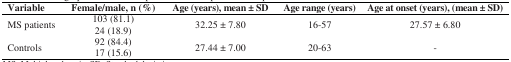
<table><thead><tr><td><b>Variable</b></td><td><b>Female/male, n (%)</b></td><td><b>Age (years), mean ± SD</b></td><td><b>Age range (years)</b></td><td><b>Age at onset (years), (mean ± SD)</b></td></tr></thead><tbody><tr><td rowspan="2">MS patients</td><td>103 (81.1)</td><td rowspan="2">32.25 ± 7.80</td><td rowspan="2">16-57</td><td rowspan="2">27.57 ± 6.80</td></tr><tr><td>24 (18.9)</td></tr><tr><td rowspan="2">Controls</td><td>92 (84.4)</td><td rowspan="2">27.44 ± 7.00</td><td rowspan="2">20-63</td><td rowspan="2">-</td></tr><tr><td>17 (15.6)</td></tr></tbody></table>